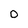
Character: O